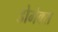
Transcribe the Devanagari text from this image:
डोमेक्स